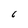
Character: 6